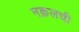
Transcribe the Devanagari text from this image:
नक़लची